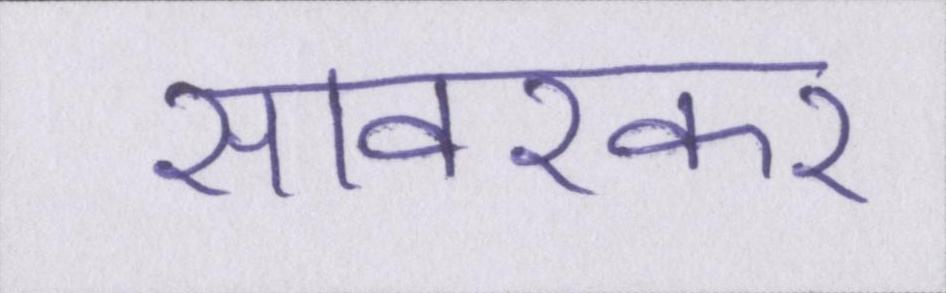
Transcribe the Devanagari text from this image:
सावरकर